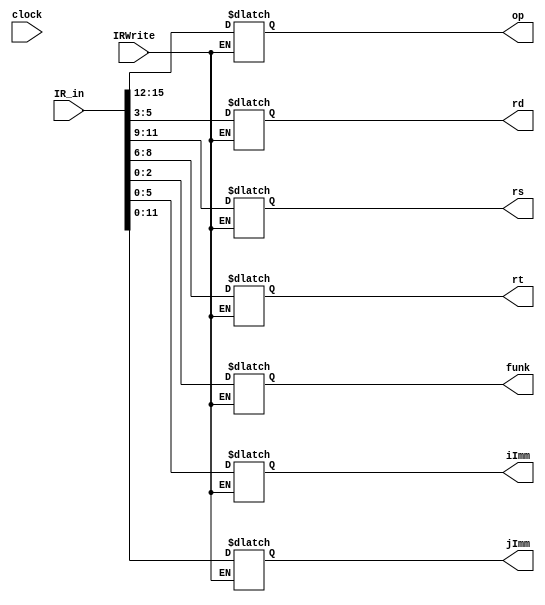
`timescale 1ns / 1ps
//////////////////////////////////////////////////////////////////////////////////
// Company: 
// Engineer: 
// 
// Design Name: 
// Module Name:    InstructionRegister 
// Project Name: 
// Target Devices: 
// Tool versions: 
// Description: 
//
// Dependencies: 
//
// Revision: 
// Revision 0.01 - File Created
// Additional Comments: 
//
//////////////////////////////////////////////////////////////////////////////////
module InstructionRegister(
    input [15:0] IR_in,
    input clock,
    input IRWrite,
	 output reg [3:0] op,
	 output reg [2:0] rd, rs, rt, funk,
	 output reg [5:0] iImm,
	 output reg [11:0] jImm
    );
//initial IR_in = 0;
always @ (IRWrite or IR_in)
begin
	if (IRWrite) begin
		op = IR_in[15:12];
		rs = IR_in[11:9];
		rt = IR_in [8:6];
		rd = IR_in [5:3];
		funk = IR_in [2:0];
		
		iImm = IR_in [5:0]; //for the I-type immediate
		
		jImm = IR_in [11:0]; //for the J-type immediate
	end
end
endmodule